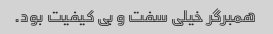
همبرگر خیلی سفت و بی کیفیت بود.